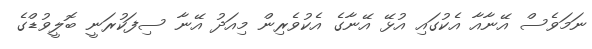
ނަމަވެސް އޭނާއާ އެކުގައި އުޅޭ އޭނާގެ އެކުވެރިން މިއަދު އޭނާ ސިފަކުރަނީ ބޮލީވުޑްގެ